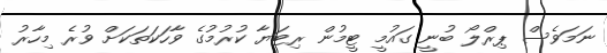
ނަމަވެސް ޕިރްލޯ ބުނީ ގައުމީ ޓީމުން ރިޓަޔާ ކުރުމުގެ ވާހަކަތަކަށް ވުރެ މިހާރު